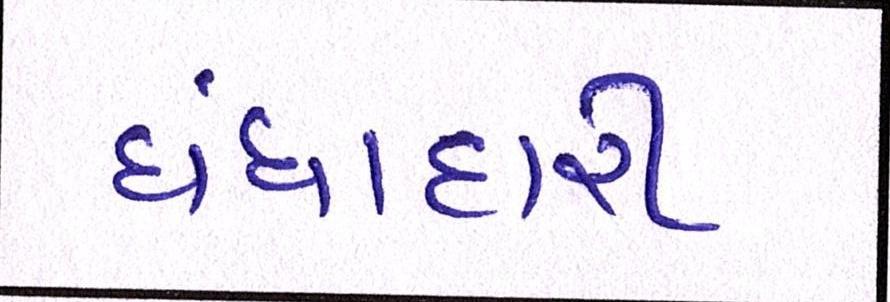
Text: ધંધાદારી